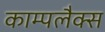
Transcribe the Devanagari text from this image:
काम्पलैक्स